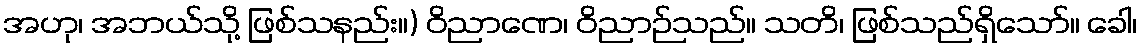
အဟု၊ အဘယ်သို့ ဖြစ်သနည်း။) ဝိညာဏေ၊ ဝိညာဉ်သည်။ သတိ၊ ဖြစ်သည်ရှိသော်။ ခေါ၊